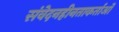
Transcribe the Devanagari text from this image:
संवेदनहीनताकर्ताओं